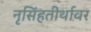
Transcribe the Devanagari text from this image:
नृसिंहतीर्थावर